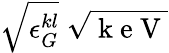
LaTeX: \sqrt{\epsilon_{G}^{kl}}\; \sqrt{\mathrm{~k~e~V~}}